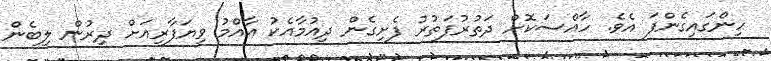
ހިންގައިގެންފަ އެވެ. ހާއްސަކޮށް ދަތުރުފަތުރު ފެށިގެން ދިއުމާއެކު އާއްމު ވިޔަފާރިއަށް ދިރުން ލިބެން